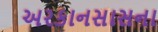
અરકાનસાસના